Reports on dispensaries and lunatic asylums in the Province of Oudh - 1869-1876
Year: 1869
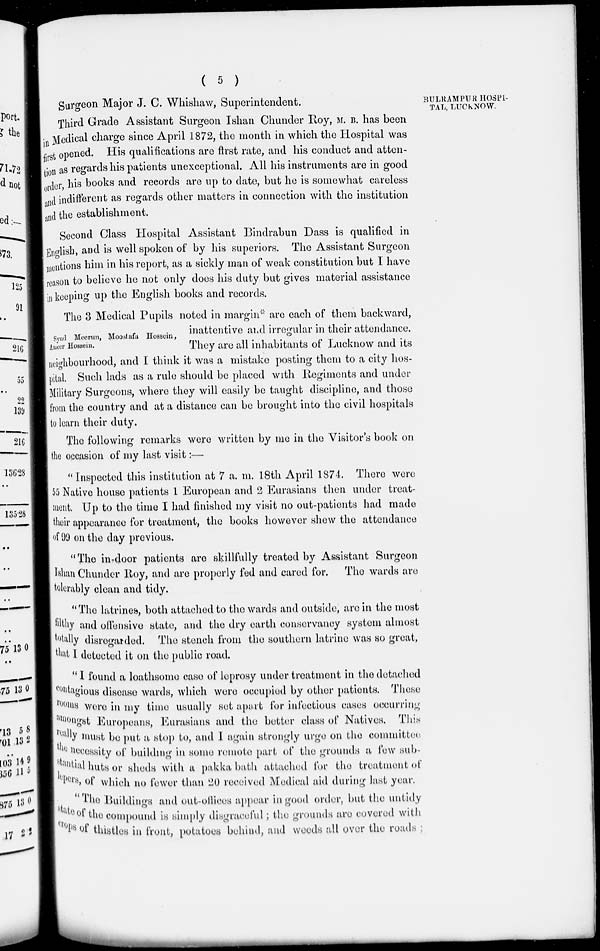
( 5 )
BULRAMPUR HOSPI-
TAL, LUCKNOW.
Surgeon Major J. C. Whishaw, Superintendent.
Third Grade Assistant Surgeon Ishan Chunder Roy, M. B. has been
in Medical charge since April 1872, the month in which the Hospital was
first opened. His qualifications are first rate, and his conduct and atten-
tion as regards his patients unexceptional. All his instruments are in good
order, his books and records are up to date, but he is somewhat careless
and indifferent as regards other matters in connection with the institution
and the establishment.
Second Class Hospital Assistant Bindrabun Dass is qualified in
English, and is well spoken of by his superiors. The Assistant Surgeon
mentions him in his report, as a sickly man of weak constitution but I have
reason to believe he not only does his duty but gives material assistance
in keeping up the English books and records.
Syud Mecrun, Moostafa Hossein,
Ameer Hossein.
The 3 Medical Pupils noted in margin* are each of them backward,
inattentive and irregular in their attendance.
They are all inhabitants of Lucknow and its
neighbourhood, and I think it was a mistake posting them to a city hos-
pital. Such lads as a rule should be placed with Regiments and under
Military Surgeons, where they will easily be taught discipline, and those
from the country and at a distance can bo brought into the civil hospitals
to learn their duty.
The following remarks were written by me in the Visitor's book on
the occasion of my last visit:—
"Inspected this institution at 7 a. m. 18th April 1874. There were
55 Native house patients 1 European and 2 Eurasians then under treat-
ment. Up to the time I had finished my visit no out-patients had made
their appearance for treatment, the books however shew the attendance
of 99 on the day previous.
"The in-door patients are skillfully treated by Assistant Surgeon
Ishan Chunder Roy, and are properly fed and cared for. The wards are
tolerably clean and tidy.
"The latrines, both attached to the wards and outside, arc in the most
filthy and offensive state, and the dry earth conservancy system almost
totally disregarded. The stench from the southern latrine was so great,
that I detected it on the public road.
"I found a loathsome case of leprosy under treatment in the detached
contagious disease wards, which were occupied by other patients. These
rooms were in my time usually set apart for infectious cases occurring
amongst Europeans, Eurasians and the bettor class of Natives. This
really must be put a stop to, and I again strongly urge on the committee
necessity of building in some remote part of the grounds a few sub-
stantial huts or sheds with a pakka bath attached for the treatment of
lepers of which no fewer than 20 received Medical aid during last year.
"The Buildings and out-offices appear in good order, but the untidy
state of the compound is simply disgraceful ; the grounds are covered with
crops of thistles in front, potatoes behind, and weeds all over the roads